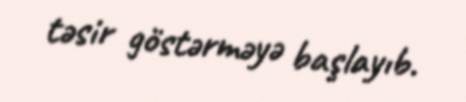
təsir göstərməyə başlayıb.